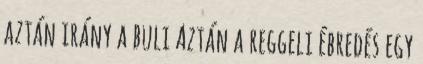
aztán irány a buli Aztán a reggeli ébredés egy